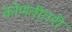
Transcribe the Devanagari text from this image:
कोणतीतरी